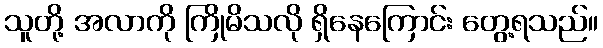
သူတို့ အလာကို ကြိုမိသလို ရှိနေကြောင်း တွေ့ရသည်။